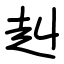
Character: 赳